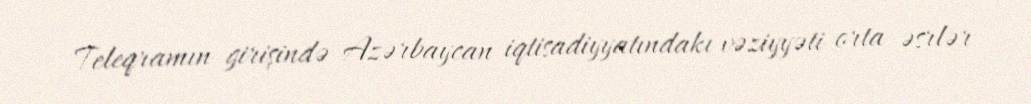
Teleqramın girişində Azərbaycan iqtisadiyyatındakı vəziyyəti orta əsrlər